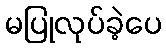
မပြုလုပ်ခဲ့ပေ